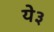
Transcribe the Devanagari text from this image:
ये३